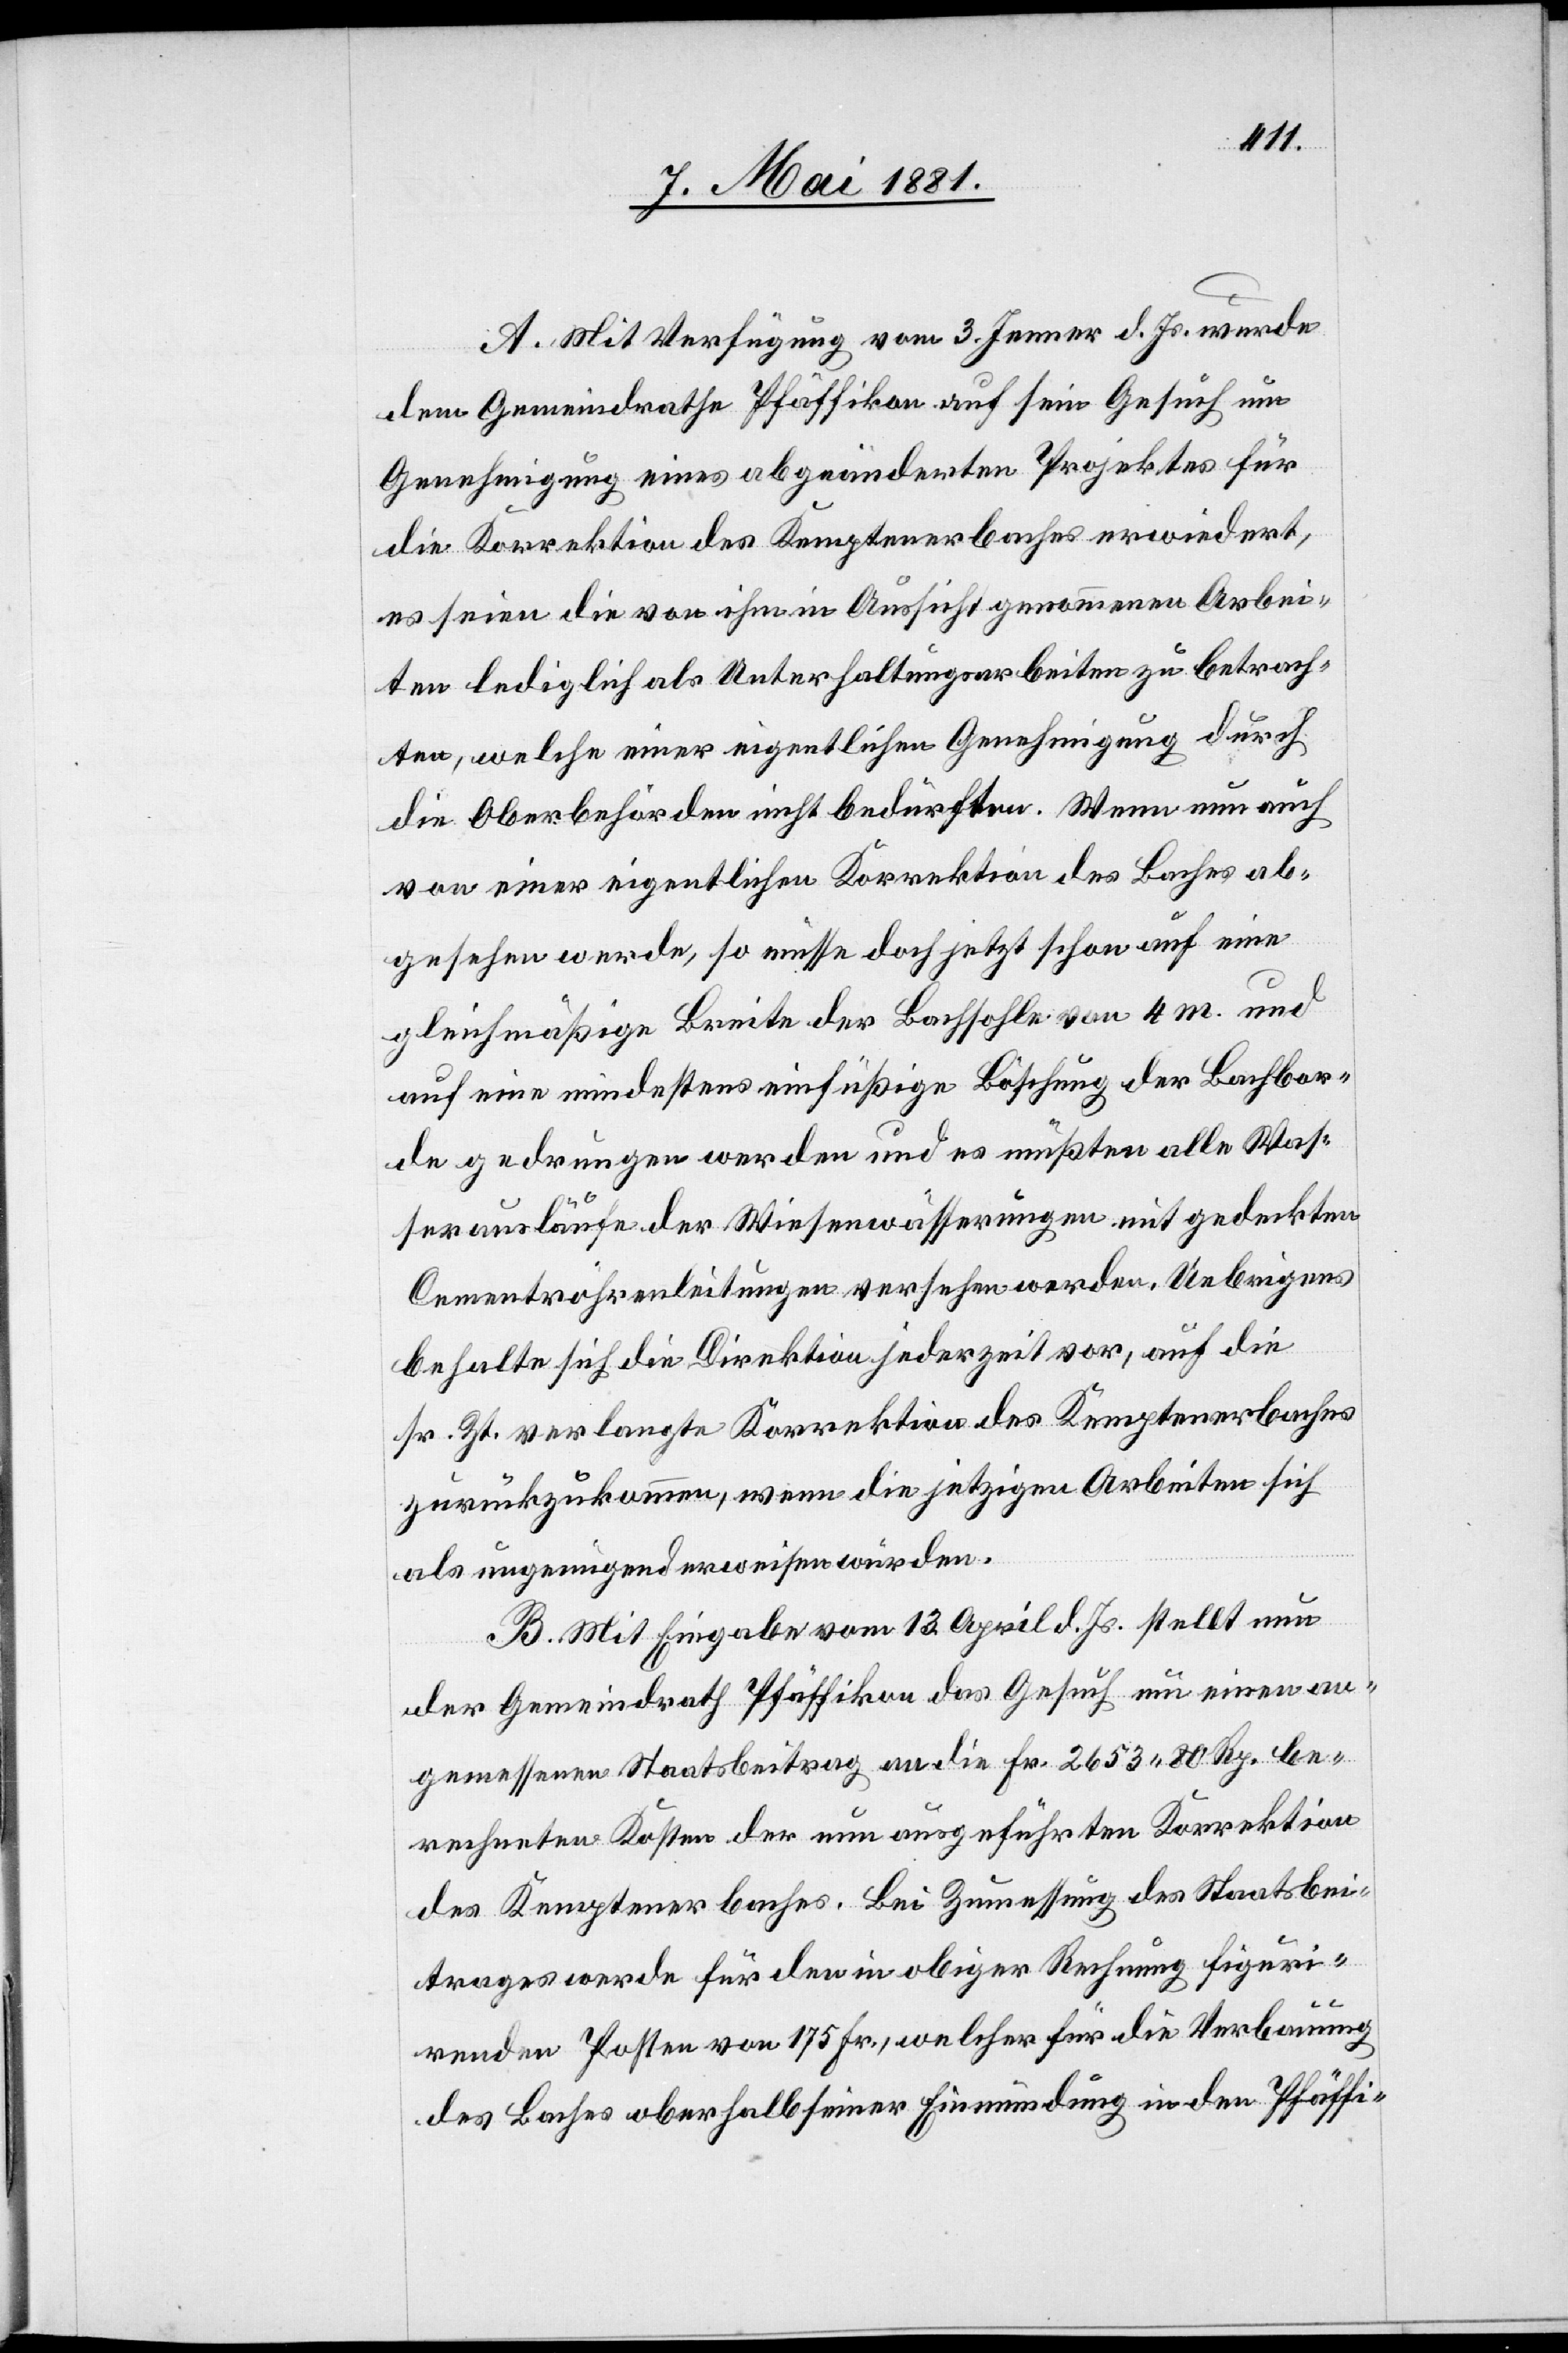
A. Mit Verfügung vom 3. Jenner d. Js. wurde
dem Gemeindrathe Pfäffikon auf sein Gesuch um
Genehmigung eines abgeänderten Projektes für
die Korrektion des Kemptnerbaches erwiedert,
es seien die von ihm in Aussicht genommenen Arbei¬
ten lediglich als Unterhaltungsarbeiten zu betrach¬
ten, welche einer eigentlichen Genehmigung durch
die Oberbehörden nicht bedürften. Wenn nun auch
von einer eigentlichen Korrektion des Baches ab¬
gesehen werde, so müsse doch jetzt schon auf eine
gleichmäßige Breite der Bachsohle von 4 m. und
auf eine mindestens einfüßige Böschung der Bachbor¬
de gedrungen werden und es müßten alle Waß¬
erausläufe der Wiesenwässerungen mit gedeckten
Cementröhrenleitungen versehen werden. Uebrigens
behalte sich die Direktion jederzeit vor, auf die
sr. Zt. verlangte Korrektion des Kemptenerbaches
zurückzukommen, wenn die jetzigen Arbeiten sich
als ungenügend erweisen würden.
B. Mit Eingabe vom 13. April d. Js. stellt nun
der Gemeindrath Pfäffikon das Gesuch um einen an¬
gemessenen Staatsbeitrag an die Fr. 2653 80 Rp. be¬
rechneten Kosten der nun ausgeführten Korrektion
des Kemptenerbaches. Bei Zumessung des Staatsbei¬
trages werde für den in obiger Rechnung figuri¬
renden Posten von 175 Fr., welcher für die Verbauung
des Baches oberhalb seiner Einmündung in den Pfäffi-